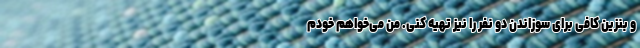
و بنزین کافی برای سوزاندن دو نفر را نیز تهیه کنی. من می‌خواهم خودم